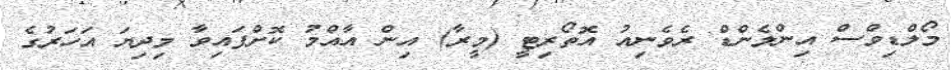
މޯލްޑިވްސް އިންލެންޑް ރެވެނިއު އޮތޯރިޓީ (މީރާ) އިން އާއްމު ކޮށްފައިވާ މިދިޔަ އަހަރުގެ